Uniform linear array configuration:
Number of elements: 32
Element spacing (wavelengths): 0.75
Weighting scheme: exponential
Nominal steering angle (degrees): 0
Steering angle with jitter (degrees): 0.9869
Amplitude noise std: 0.05
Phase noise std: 0.05

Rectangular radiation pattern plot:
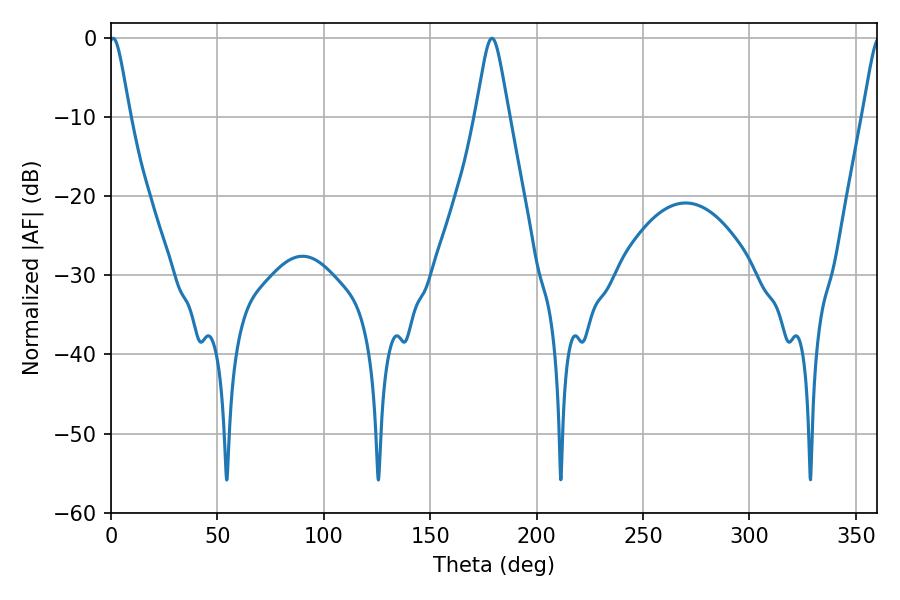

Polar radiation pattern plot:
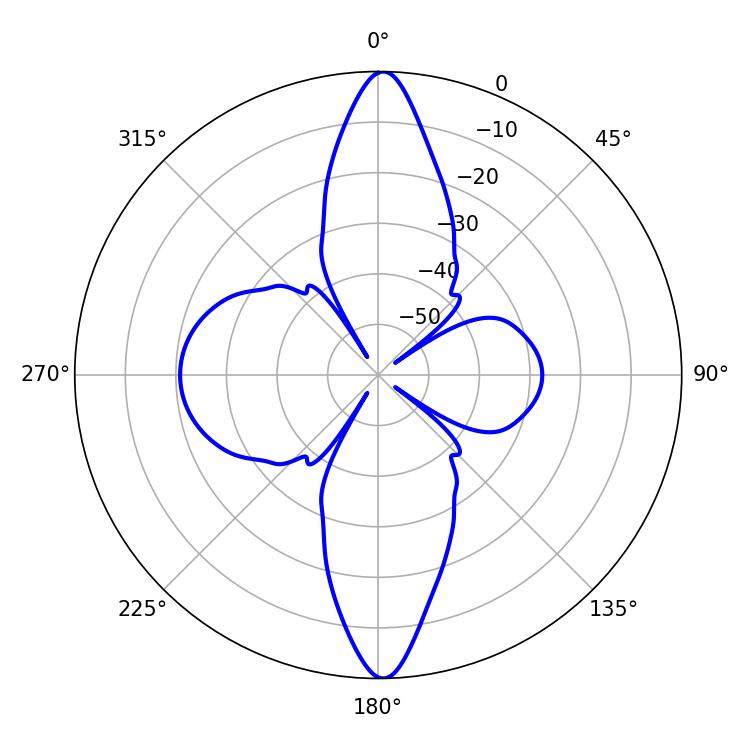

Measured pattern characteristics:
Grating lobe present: TRUE
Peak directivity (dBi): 30.772
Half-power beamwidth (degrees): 4.68
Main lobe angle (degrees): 0.9